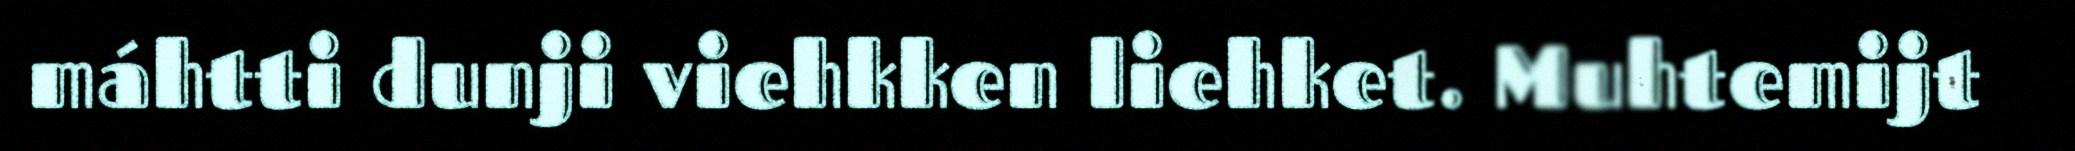
máhtti dunji viehkken liehket. Muhtemijt